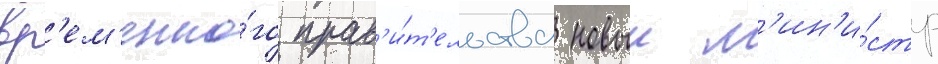
вр'ем'енно́го прав'и́т'ельства новыи м'ин'и́стр